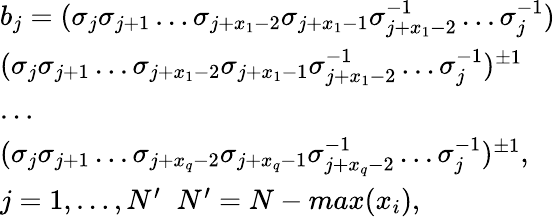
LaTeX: \begin{array}{l}{b_{j}=(\sigma_{j}\sigma_{j+1}\dots\sigma_{j+x_{1}-2}\sigma_{j+x_{1}-1}\sigma_{j+x_{1}-2}^{-1}\dots\sigma_{j}^{-1})}\\ {(\sigma_{j}\sigma_{j+1}\dots\sigma_{j+x_{1}-2}\sigma_{j+x_{1}-1}\sigma_{j+x_{1}-2}^{-1}\dots\sigma_{j}^{-1})^{\pm 1}}\\ {\dots}\\ {(\sigma_{j}\sigma_{j+1}\dots\sigma_{j+x_{q}-2}\sigma_{j+x_{q}-1}\sigma_{j+x_{q}-2}^{-1}\dots\sigma_{j}^{-1})^{\pm 1},}\\ {j=1,\dots,N^{\prime}\; \; N^{\prime}=N-max(x_{i}),}\end{array}